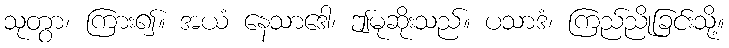
သုတွာ၊ ကြား၍။ အယံ နေသာဒေါ၊ ဤမုဆိုးသည်။ ပသာဒံ၊ ကြည်ညိုခြင်းသို့။